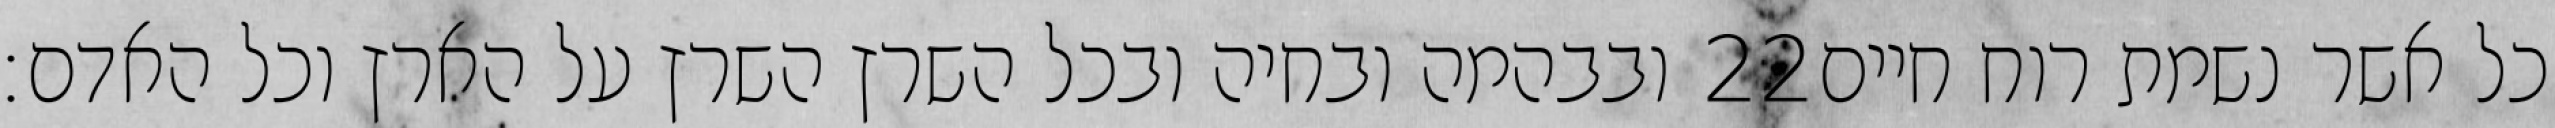
ובבהמה ובחיה ובכל השרץ השרץ על הארץ וכל האדם׃ ‎22‏ כל אשר נשמת רוח חיים